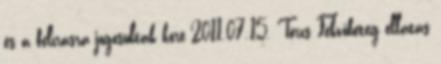
és a felírásra jogosultak köre 2011.07.15. Törzs Fekvőbeteg ellátás